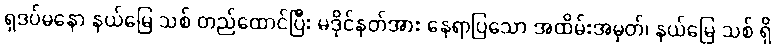
ရှဒပ်မနော နယ်မြေ သစ် တည်ထောင်ပြီး မဒိုင်နတ်အား နေရာပြသော အထိမ်းအမှတ်၊ နယ်မြေ သစ် ရှိ